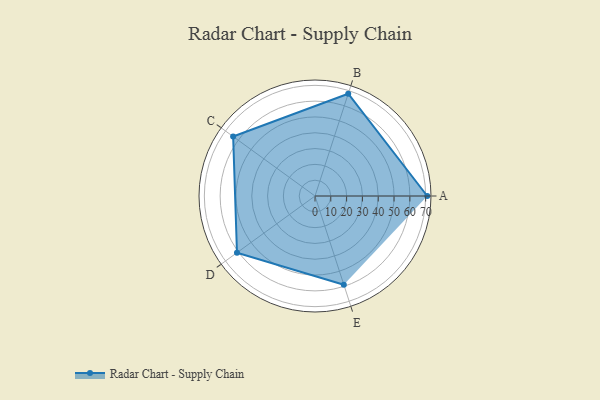
{"axis": {"x": "Skill", "y": "Score"}, "legend": ["Profile"], "data": [{"x": "A", "y": 71.0, "type": "Profile"}, {"x": "B", "y": 68.0, "type": "Profile"}, {"x": "C", "y": 64.0, "type": "Profile"}, {"x": "D", "y": 61.0, "type": "Profile"}, {"x": "E", "y": 59.0, "type": "Profile"}]}